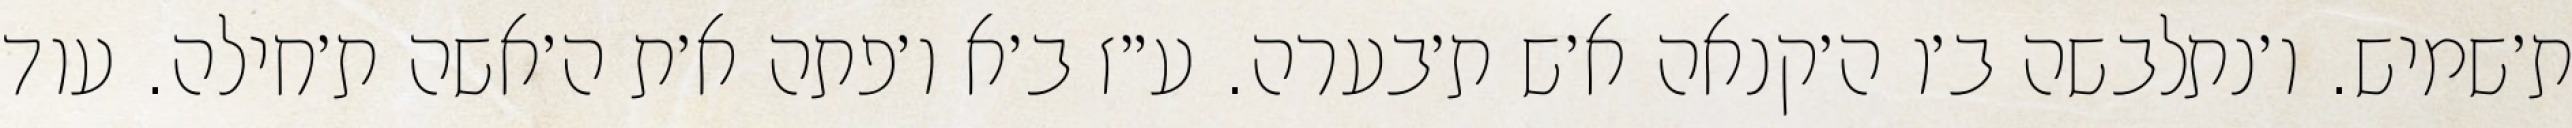
ת׳שמיש. ו׳נתלבשה ב׳ו ה׳קנאה א׳ש ת׳בערה. ע״ז ב׳א ו׳פתה א׳ת ה׳אשה ת׳חילה. עוד